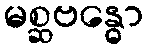
မစ္ဆဗန္ဓော